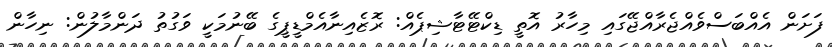
ފަށަން އެއްބަސްވެއްޖެރާއްޖޭގައި މިހާރު އޮތީ ޑިކްޓޭޓާޝިޕެއް: ރޮޒެއިނާއެމްޑީޕީގެ ބޭނުމަކީ ވަގުތު ދަންމާލުން: ނިހާން